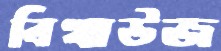
বিখাউজ